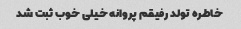
خاطره تولد رفیقم پروانه خیلی خوب ثبت شد